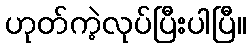
ဟုတ်ကဲ့လုပ်ပြီးပါပြီ။